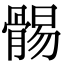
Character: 䯜